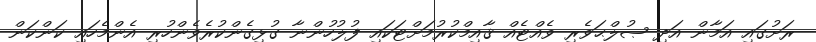
ރަށުގައި އަމާން އަދި ޞުލްޙަވެރި ވެއްޓެއް ޤާއިމްކުރުމަށްޓަކައި ފުލުހުންނާ ގުޅިގެންކުރެވެންހުރި އެންމެހައި ކަންކަން